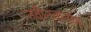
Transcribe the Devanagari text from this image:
नवीनकरण